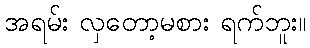
အရမ်း လှတော့မစား ရက်ဘူး။